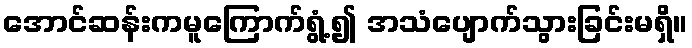
အောင်ဆန်းကမူကြောက်ရွံ့၍ အသံပျောက်သွားခြင်းမရှိ။